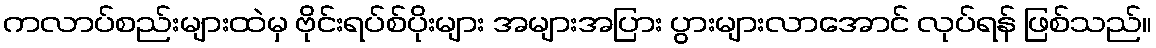
ကလာပ်စည်းများထဲမှ ဗိုင်းရပ်စ်ပိုးများ အများအပြား ပွားများလာအောင် လုပ်ရန် ဖြစ်သည်။